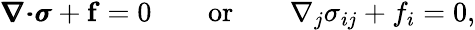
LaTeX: \begin{array}{r}{\pmb{\nabla}\pmb{\cdot}\pmb{\sigma}+\mathbf{f}=0\qquad\textnormal{or}\qquad\nabla_{j}\sigma_{ij}+f_{i}=0,}\end{array}